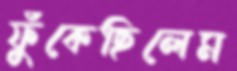
ফুঁকেছিলেম